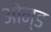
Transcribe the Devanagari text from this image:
ओन्ड